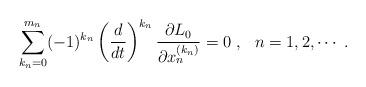
LaTeX: \begin{align*}\sum_{k_n=0}^{m_n}(-1)^{k_n}\left(\frac{d}{dt}\right)^{k_n}\frac{\partial L_0}{\partial x_n^{(k_n)}}=0\ ,\ \ n=1,2,\cdots\ .\end{align*}